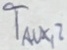
Text: TAUX,2